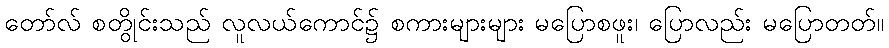
တော်လ် စတွိုင်းသည် လူလယ်ကောင်၌ စကားများများ မပြောစဖူး၊ ပြောလည်း မပြောတတ်။